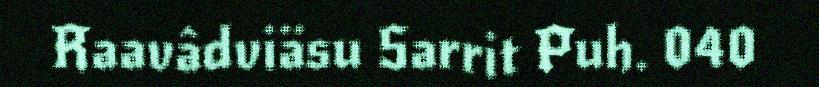
Raavâdviäsu Sarrit Puh. 040